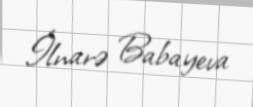
İlnarə Babayeva